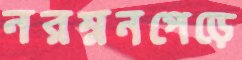
নরম্ননপেড়ে